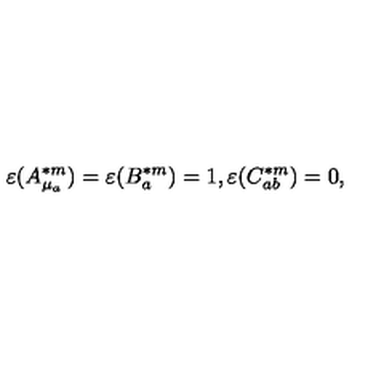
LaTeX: \varepsilon ( A _ { \mu _ { a } } ^ { \ast m } ) = \varepsilon ( B _ { a } ^ { \ast m } ) = 1 , \varepsilon ( C _ { a b } ^ { \ast m } ) = 0 ,